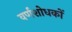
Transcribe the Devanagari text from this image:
वर्णशोधकों